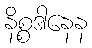
နိစ္စဒါနေန